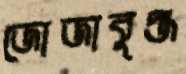
জোজাবুঞ্জ